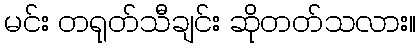
မင်း တရုတ်သီချင်း ဆိုတတ်သလား။